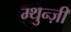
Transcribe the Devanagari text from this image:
म्थुन्ज़ी